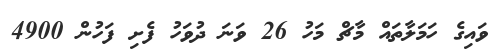
ވައިގެ ހަމަލާތައް މާޗް މަހު 26 ވަނަ ދުވަހު ފެށި ފަހުން 4900